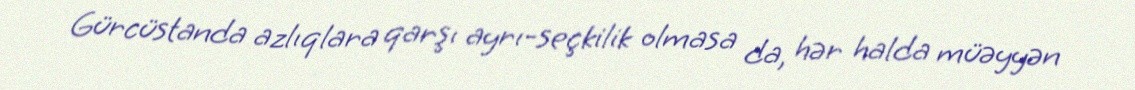
Gürcüstanda azlıqlara qarşı ayrı-seçkilik olmasa da, hər halda müəyyən